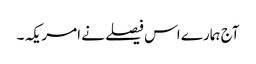
آج ہمارے اس فیصلے نے امریکہ ۔